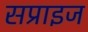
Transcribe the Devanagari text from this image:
सप्राइज